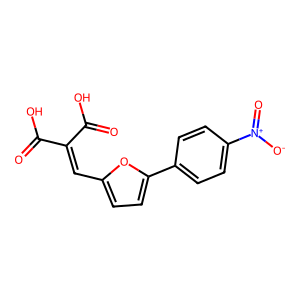
SMILES: O=C(O)C(=Cc1ccc(-c2ccc([N+](=O)[O-])cc2)o1)C(=O)O
Inhibits HIV replication: No